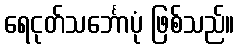
ရေငုတ်သင်္ဘောပုံ ဖြစ်သည်။